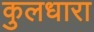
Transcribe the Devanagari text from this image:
कुलधारा